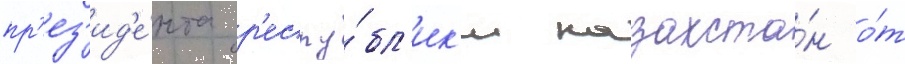
пр'ез'ид'е́нта р'еспу́бл'ик'и казахста́н о́т